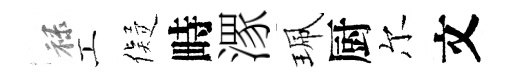
禄工儗畤潈珮厨尔文